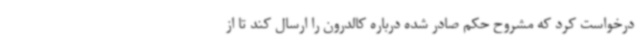
درخواست کرد که مشروح حکم صادر شده درباره کالدرون را ارسال کند تا از